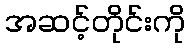
အဆင့်တိုင်းကို